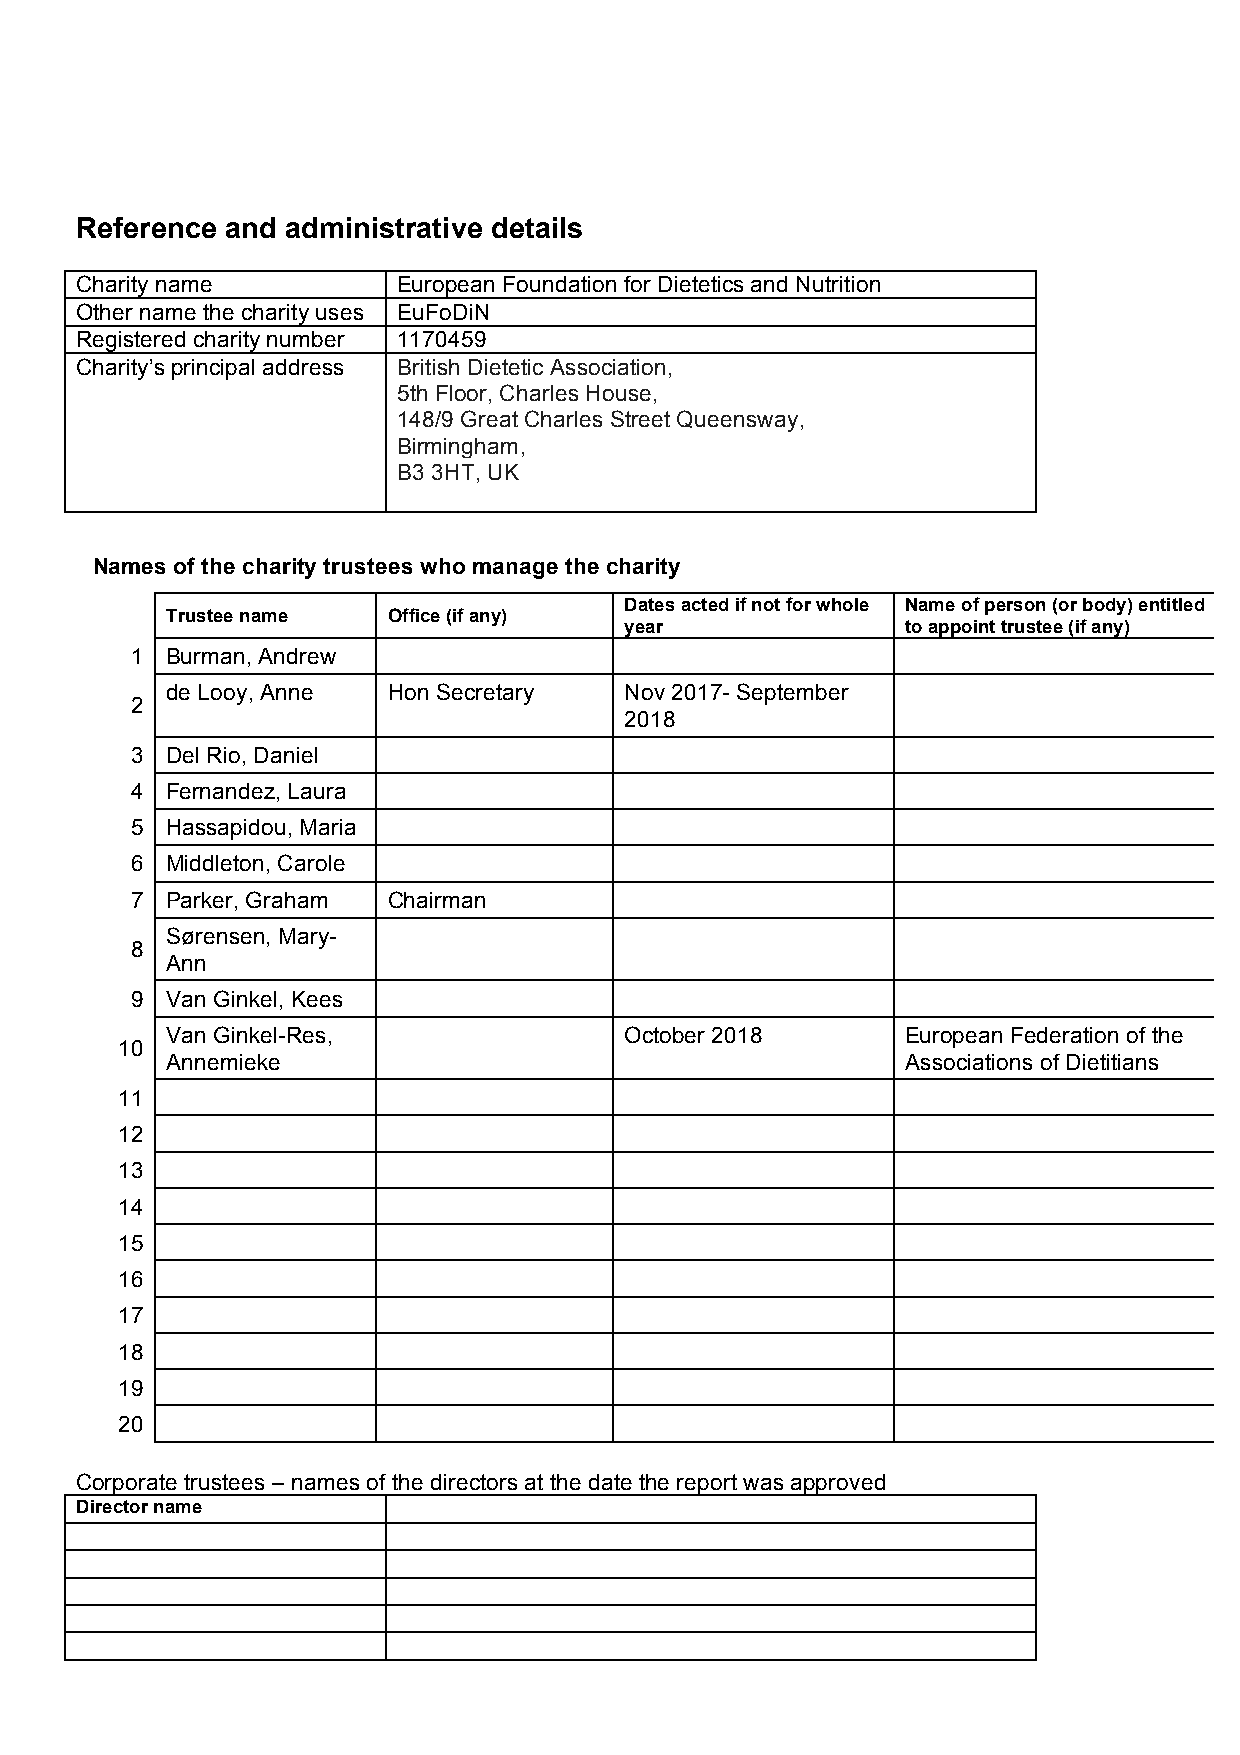
Reference and administrative details
 Charity name         European Foundation for Dietetics and Nutrition
 Other name the charity uses EuFoDiN
 Registered charity number 1170459
 Charity’s principal address British Dietetic Association,
 5th Floor, Charles House,
 148/9 Great Charles Street Queensway,
 Birmingham,
 B3 3HT, UK
 Names of the charity trustees who manage the charity
 Dates acted if not for whole Name of person (or body) entitled
 Trustee name   Office (if any)
 year               to appoint trustee (if any)
 1 Burman, Andrew
 de Looy, Anne  Hon Secretary  Nov 2017- September
 2
 2018
 3 Del Rio, Daniel
 4 Fernandez, Laura
 5 Hassapidou, Maria
 6 Middleton, Carole
 7 Parker, Graham Chairman
 Sørensen, Mary-
 8
 Ann
 9 Van Ginkel, Kees
 Van Ginkel-Res,               October 2018       European Federation of the
 10
 Annemieke                                        Associations of Dietitians
 11
 12
 13
 14
 15
 16
 17
 18
 19
 20
 Corporate trustees – names of the directors at the date the report was approved
 Director name